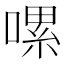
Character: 𠼱